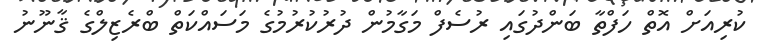
ކުރިއަށް އޮތް ހަފްތާ ބަންދުގައި ރުސެފް މަގާމުން ދުރުކުރުމުގެ މަސައްކަތް ބްރެޒިލްގެ ޤާނޫނު